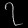
Digit: ၇